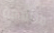
متلهفة